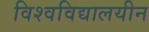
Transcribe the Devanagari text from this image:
विश्वविद्यालयीन